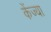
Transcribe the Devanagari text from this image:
केंज्या